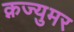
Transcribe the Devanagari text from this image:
क्नज्युमर